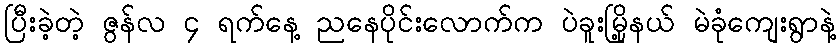
ပြီးခဲ့တဲ့ ဇွန်လ ၄ ရက်နေ့ ညနေပိုင်းလောက်က ပဲခူးမြို့နယ် မဲခုံကျေးရွာနဲ့